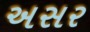
અસર